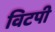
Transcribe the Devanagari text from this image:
विटपी